Indian journal of veterinary science and animal husbandry - Volume 4,
Year: 1934
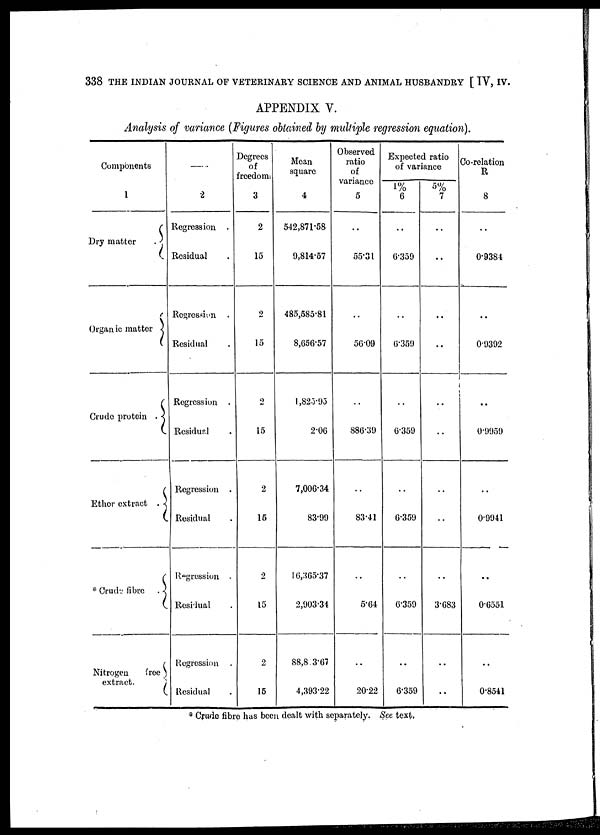
338 THE INDIAN JOURNAL OF VETERINARY SCIENCE AND ANIMAL HUSBANDRY [ IV, IV.
APPENDIX V.
Analysis of variance (Figures obtained by multiple regression equation).
Components
1
Dry matter
.{
Organic matter . {
Crude protein . {
Ether extract . {
* Crude fibre . {
Nitrogen
free {
extract.
—
2
Regression .
Residual .
Regression .
Residual .
Regression .
Residual .
Regression .
Residual .
Regression .
Residual .
Regression .
Residual .
Degrees
of
freedom
3
2
15
2
15
2
15
2
15
2
15
2
15
Mean
square
4
542,871.58
9,814.57
485,585.81
8,656.57
l,825.95
2.06
7,006.34
83.99
16,365.37
2,903.34
88,843.67
4,393.22
Observed
ratio
of
variance
5
..
55.31
..
56.09
..
886.39
..
83.41
..
5.64
..
20.22
Expected ratio
of variance
1%
6
..
6.359
..
6.359
..
6.359
..
6.359
..
6.359
..
6.359
5%
7
..
..
..
..
..
..
..
..
..
3.683
..
..
Co-relation
R
8
..
0.9384
..
0.9392
..
0.9959
..
0.9941
..
06551
..
0.8541
* Crude fibre has been dealt with separately. See text.